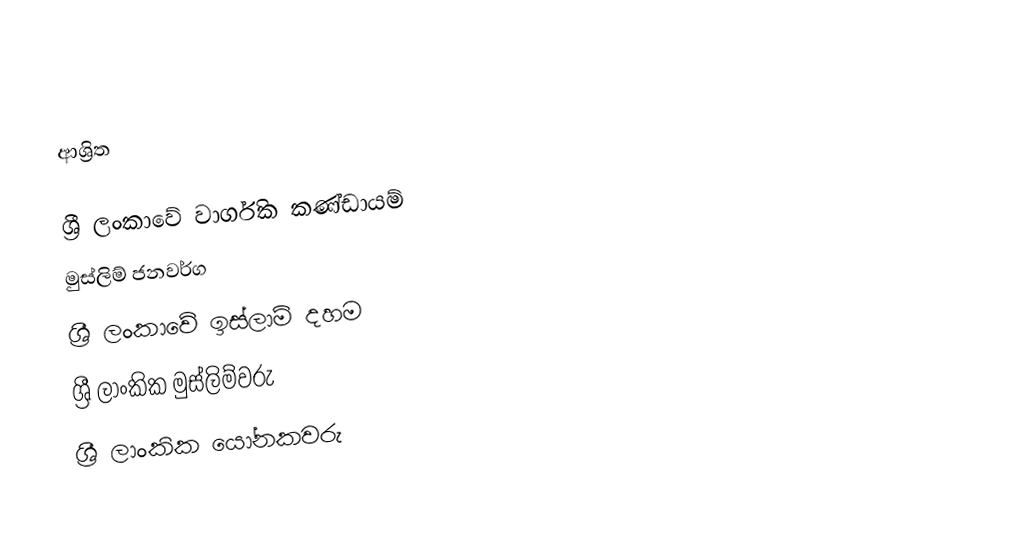

ආශ්‍රිත

ශ්‍රී ලංකාවේ වාර්ගික කණ්ඩායම්
මුස්ලිම් ජනවර්ග
ශ්‍රී ලංකාවේ ඉස්ලාම් දහම
ශ්‍රී ලාංකික මුස්ලිම්වරු
ශ්‍රී ලාංකික යෝනකවරු